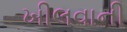
ખીલવાની